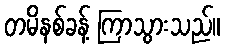
တမိနစ်ခန့် ကြာသွားသည်။